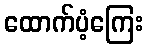
ထောက်ပံ့ကြေး